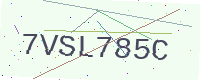
Text: 7VSL785C